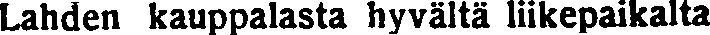
Lahden kauppalasta hyvältä liikepaikalta